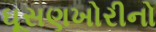
ઘૂસણખોરીનો